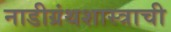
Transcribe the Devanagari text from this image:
नाडीग्रंथशास्त्राची